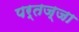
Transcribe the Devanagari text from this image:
पर्तज्जा